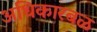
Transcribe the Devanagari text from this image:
अधिकारबळ